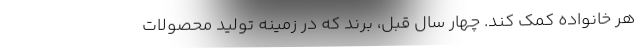
هر خانواده کمک کند. چهار سال قبل، برند که در زمینه تولید محصولات